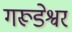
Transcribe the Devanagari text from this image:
गरूडेश्वर